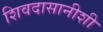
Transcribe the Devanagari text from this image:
शिवदासानीशी